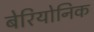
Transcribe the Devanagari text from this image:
बेरियोनिक